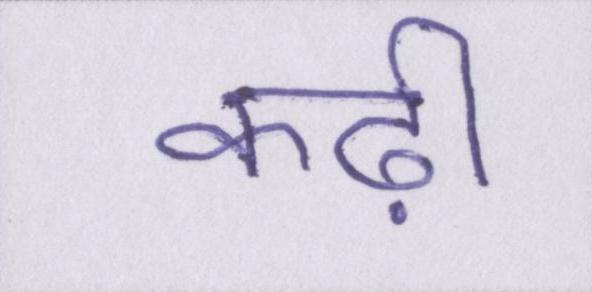
कढ़ी